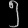
Digit: ၅